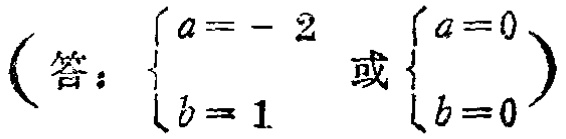
\((答：\begin{cases}a = - 2\\b = 1\end{cases} 或 \begin{cases}a = 0\\b = 0\end{cases})\)